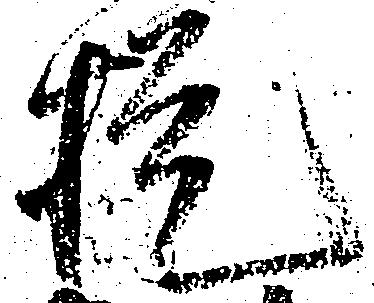
提